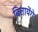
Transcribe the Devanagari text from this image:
बितायेंगे